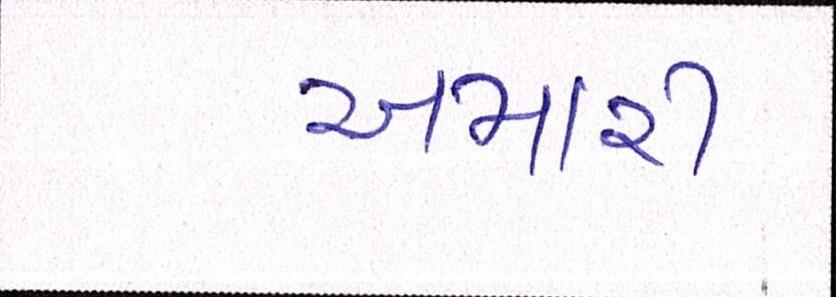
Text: અમારી